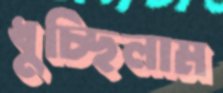
ধুচ্ছিলাম